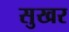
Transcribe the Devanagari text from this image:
सुखर